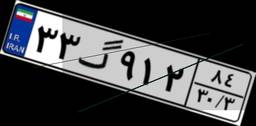
۳۳گ۹۱۲۸۴